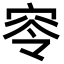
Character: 𥥋